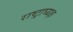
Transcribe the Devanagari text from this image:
राष्ट्राघ्यक्ष